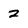
Character: 2